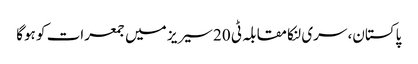
پاکستان، سری لنکا مقابلہ ٹی 20 سیریز میں جمعرات کو ہوگا